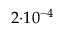
2 { \cdot } 1 0 ^ { - 4 }